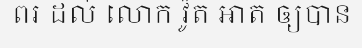
ពរ ដល់ លោក វ៉ូត អាត ឲ្យបាន